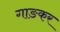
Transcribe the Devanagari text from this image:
गाङकर